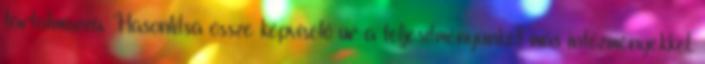
tartalmazza. Hasonlítsa össze képviselő úr a teljesítményünket más intézményekkel.